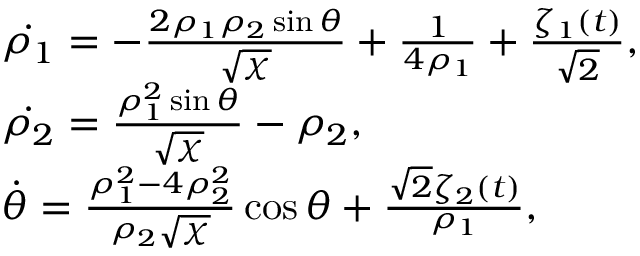
\begin{array} { r l r } & { \dot { \rho _ { 1 } } = - \frac { 2 \rho _ { 1 } \rho _ { 2 } \sin \theta } { \sqrt { \chi } } + \frac { 1 } { 4 \rho _ { 1 } } + \frac { \zeta _ { 1 } ( t ) } { \sqrt { 2 } } , } & \\ & { \dot { \rho _ { 2 } } = \frac { \rho _ { 1 } ^ { 2 } \sin \theta } { \sqrt { \chi } } - \rho _ { 2 } , } & \\ & { \dot { \theta } = \frac { \rho _ { 1 } ^ { 2 } - 4 \rho _ { 2 } ^ { 2 } } { \rho _ { 2 } \sqrt { \chi } } \cos \theta + \frac { \sqrt { 2 } \zeta _ { 2 } ( t ) } { \rho _ { 1 } } , } \end{array}